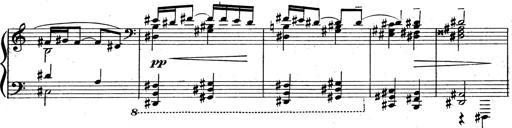
Title: 3 Sonatinas for Piano
Composer: Vissarion Shebalin